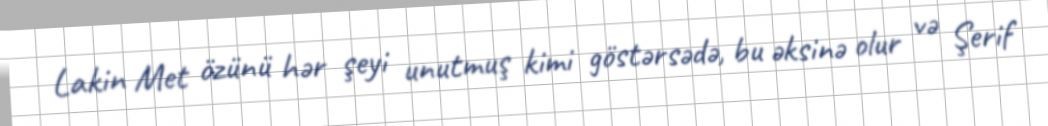
Lakin Met özünü hər şeyi unutmuş kimi göstərsədə, bu əksinə olur və Şerif